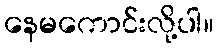
နေမကောင်းလို့ပါ။